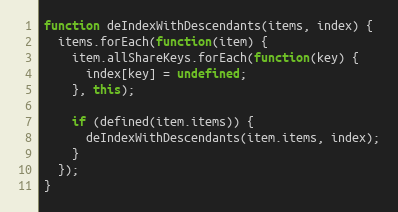
Language: JavaScript
function deIndexWithDescendants(items, index) {
  items.forEach(function(item) {
    item.allShareKeys.forEach(function(key) {
      index[key] = undefined;
    }, this);

    if (defined(item.items)) {
      deIndexWithDescendants(item.items, index);
    }
  });
}